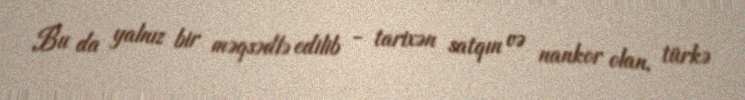
Bu da yalnız bir məqsədlə edilib - tarixən satqın və nankor olan, türkə